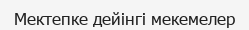
Мектепке дейінгі мекемелер